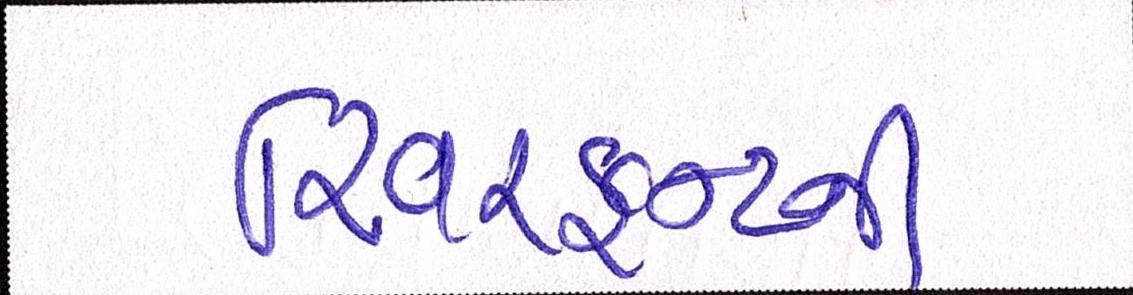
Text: રિવરફ્રન્ટની